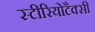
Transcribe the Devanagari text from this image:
स्टीरियोटैक्सी